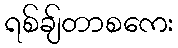
ရစ်ချ်တာစကေး